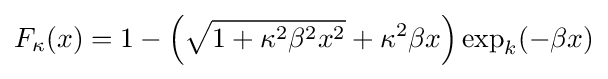
F_{\kappa }(x)=1-{\Big (}{\sqrt {1+\kappa ^{2}\beta ^{2}x^{2}}}+\kappa ^{2}\beta x{\Big )}\exp _{k}({-\beta x)}